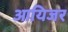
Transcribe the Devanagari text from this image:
आयिजर